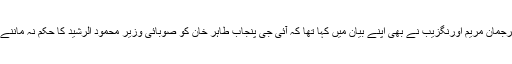
مسلم لیگ ن کی ترجمان مریم اورنگزیب نے بھی اپنے بیان میں کہا تھا کہ آئی جی پنجاب طاہر خان کو صوبائی وزیر محمود الرشید کا حکم نہ ماننے کی سزا دی گئی۔